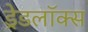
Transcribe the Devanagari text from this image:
ड्रेडलॉक्स